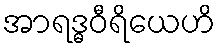
အာရဒ္ဓဝီရိယေဟိ